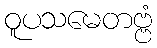
ဝူပသမေတဗ္ဗံ